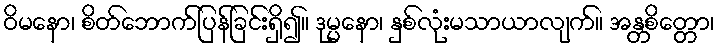
ဝိမနော၊ စိတ်ဘောက်ပြန်ခြင်းရှိ၍။ ဒုမ္မနော၊ နှစ်လုံးမသာယာလျက်။ အန္တစိတ္တော၊